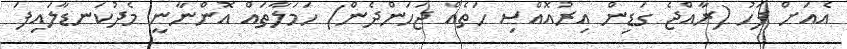
އެއަށް ފަހު (ރާއްޖެ ގަޑިން އިރުއޮއްސި ހަތެއް ޖަހަންދެން) ހަމަލާތައް އޮންނާނީ މެދުކަނޑާލައިފަ